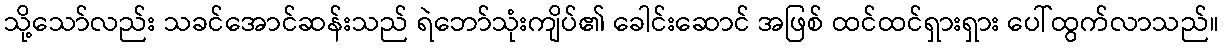
သို့သော်လည်း သခင်အောင်ဆန်းသည် ရဲဘော်သုံးကျိပ်၏ ခေါင်းဆောင် အဖြစ် ထင်ထင်ရှားရှား ပေါ်ထွက်လာသည်။